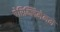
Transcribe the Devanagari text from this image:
पेरिक्लिमेनम